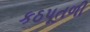
કઠપૂતળી